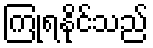
ကြုံရနိုင်သည်